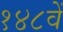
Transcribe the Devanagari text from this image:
१४८वें